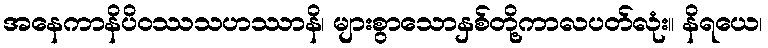
အနေကာနိပိဝဿသဟဿာနိ၊ များစွာသောနှစ်တို့ကာလပတ်လုံး။ နိရယေ၊